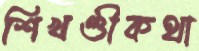
শিখণ্ডীকথা